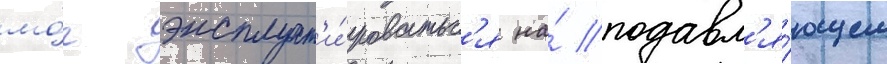
мо́г эксплуат'и́роватьс'я на́ подавл'я́ющем